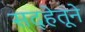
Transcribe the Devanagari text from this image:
सद्हेतूने